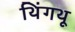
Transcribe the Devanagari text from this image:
थिंगथू